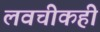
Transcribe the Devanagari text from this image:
लवचीकही